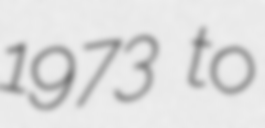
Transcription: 1973 to